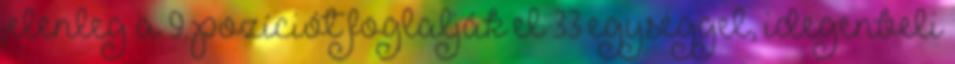
jelenleg a 9. pozíciót foglalják el 33 egységgel, idegenbeli